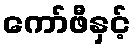
ကော်ဖီနှင့်